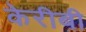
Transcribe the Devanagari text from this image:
केरीबी